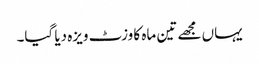
یہاں مجھے تین ماہ کا وزٹ ویزہ دیا گیا۔